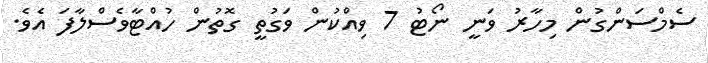
ސެމްސަންގުން މިހާރު ވަނީ ނޯޓު 7 ވިއްކުން ވަގުތީ ގޮތުން ހުއްޓާވެސްލާފަ އެވެ.